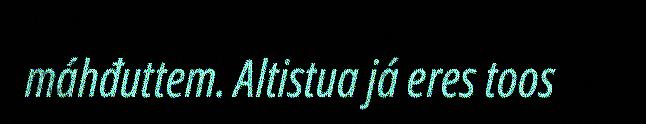
máhđuttem. Altistua já eres toos